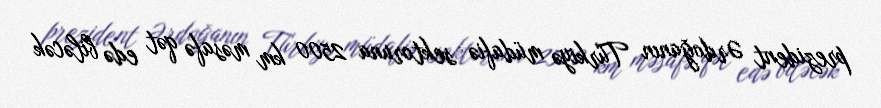
prezident Ərdoğanın Türkiyə müdafiə sektoruna 2500 km məsafə qət edə biləcək